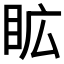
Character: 𭾦